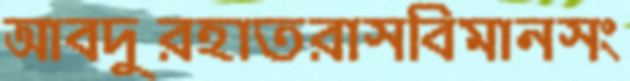
আবদুরহাতরাসবিমানসং